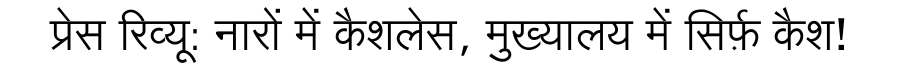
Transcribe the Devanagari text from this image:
प्रेस रिव्यू: नारों में कैशलेस, मुख्यालय में सिर्फ़ कैश!